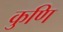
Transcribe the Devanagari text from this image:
कुणि